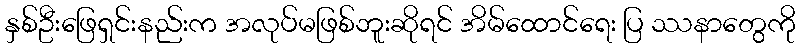
နှစ်ဦးဖြေရှင်းနည်းက အလုပ်မဖြစ်ဘူးဆိုရင် အိမ်ထောင်ရေး ပြ ဿနာတွေကို